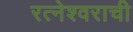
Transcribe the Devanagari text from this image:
रत्नेश्वराची